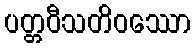
ပတ္တဝီသတိဝဿော